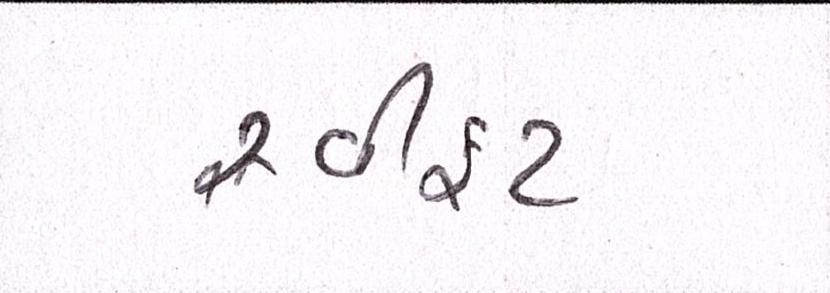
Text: સ્વીફટ